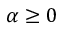
\alpha \ge 0